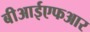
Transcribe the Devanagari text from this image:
बीआईएफआर